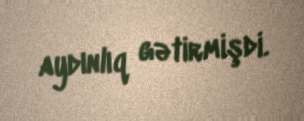
aydınlıq gətirmişdi.